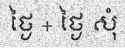
ថ្ងៃ + ថ្ងៃ សុំ